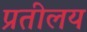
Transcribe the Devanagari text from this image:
प्रतीलय